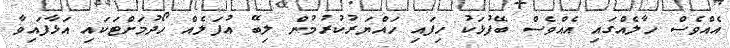
އެއްވެސް ހާލެއްގައި އެއްވެސް ބޭފުޅަކު ހިފައި ހައްޔަރުކުރުމުން ލިބޭ އުފަލެއް ހޯދުމަށްޓަކައި އަޅާފައިވާ